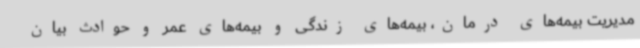
مدیریت بیمه‌های درمان، بیمه‌های زندگی و بیمه‌های عمر و حوادث بیان